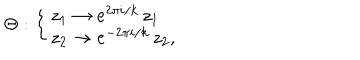
\Theta : \left\{ \left\{ \begin{cases} { { z _ { 1 } \to e ^ { 2 \pi i / k } \, z _ { 1 } } } \\ { { z _ { 2 } \to e ^ { - 2 \pi i / k } \, z _ { 2 } , } } \\ \end{cases} \right. \right.